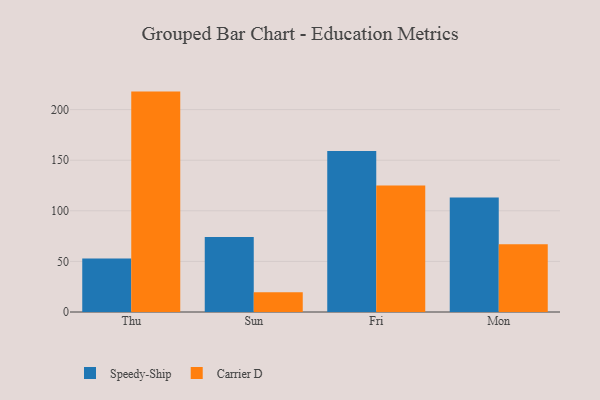
{"axis": {"x": "Day", "y": "Website Visitors"}, "legend": ["Carrier D", "Speedy-Ship"], "data": [{"x": "Thu", "y": 52.9, "type": "Speedy-Ship"}, {"x": "Thu", "y": 217.8, "type": "Carrier D"}, {"x": "Sun", "y": 74.2, "type": "Speedy-Ship"}, {"x": "Sun", "y": 19.4, "type": "Carrier D"}, {"x": "Fri", "y": 159.2, "type": "Speedy-Ship"}, {"x": "Fri", "y": 124.9, "type": "Carrier D"}, {"x": "Mon", "y": 113.1, "type": "Speedy-Ship"}, {"x": "Mon", "y": 66.9, "type": "Carrier D"}]}